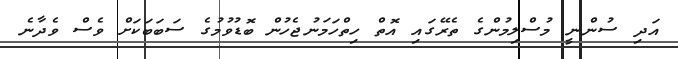
އަދި ސުންނީ މުސްލިމުންގެ ތެރޭގައި އޮތް ހިތްހަަމަނުޖެހުން ބޮޑުވުމުގެ ސަބަބަކަށް ވެސް ވެދާނެ